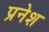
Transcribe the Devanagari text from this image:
प्रनेश